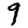
Digit: 9